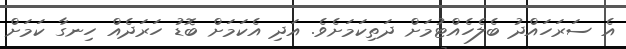
އެ ސަރަހައްދު ބެލެހެއްޓުމަށް ދަތިކަމަށެވެ. އަދި އެކަމަށް ބޮޑު ހަރަދެއް ހިނގާ ކަމަށް